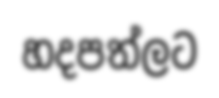
හදපත්ලට